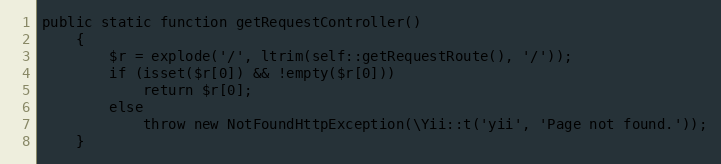
Language: PHP
public static function getRequestController()
    {
        $r = explode('/', ltrim(self::getRequestRoute(), '/'));
        if (isset($r[0]) && !empty($r[0]))
            return $r[0];
        else
            throw new NotFoundHttpException(\Yii::t('yii', 'Page not found.'));
    }